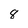
Character: 8